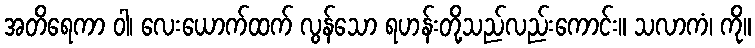
အတိရေကာ ဝါ၊ လေးယောက်ထက် လွန်သော ရဟန်းတို့သည်လည်းကောင်း။ သလာကံ၊ ကို။